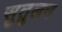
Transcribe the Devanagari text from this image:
सुतुलन